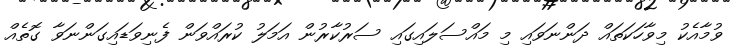
ވުމާއެކު މިވާހަކަތައް ދަންނަވައި މި މައްސަލައިގައި ސަރުކާރުން އަމަލު ކުރައްވަން ފެނިވަޑައިގަންނަވާ ގޮތެއް